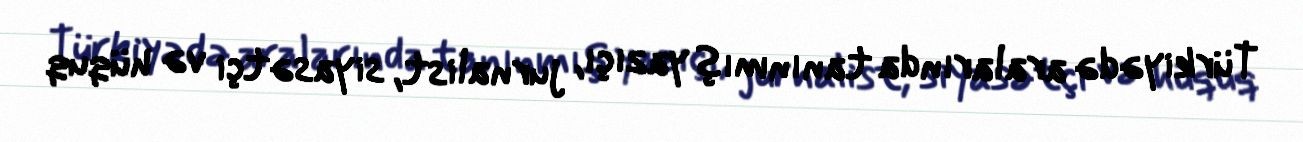
Türkiyədə aralarında tanınmış yazıçı, jurnalist, siyasətçi və hüquq